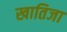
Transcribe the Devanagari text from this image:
खातिजा